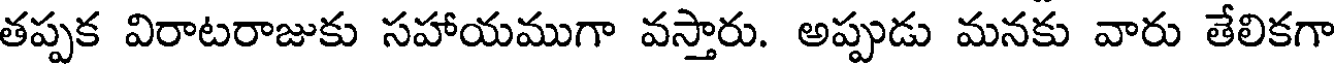
తప్పక విరాటరాజుకు సహాయముగా వస్తారు. అప్పుడు మనకు వారు తేలికగా